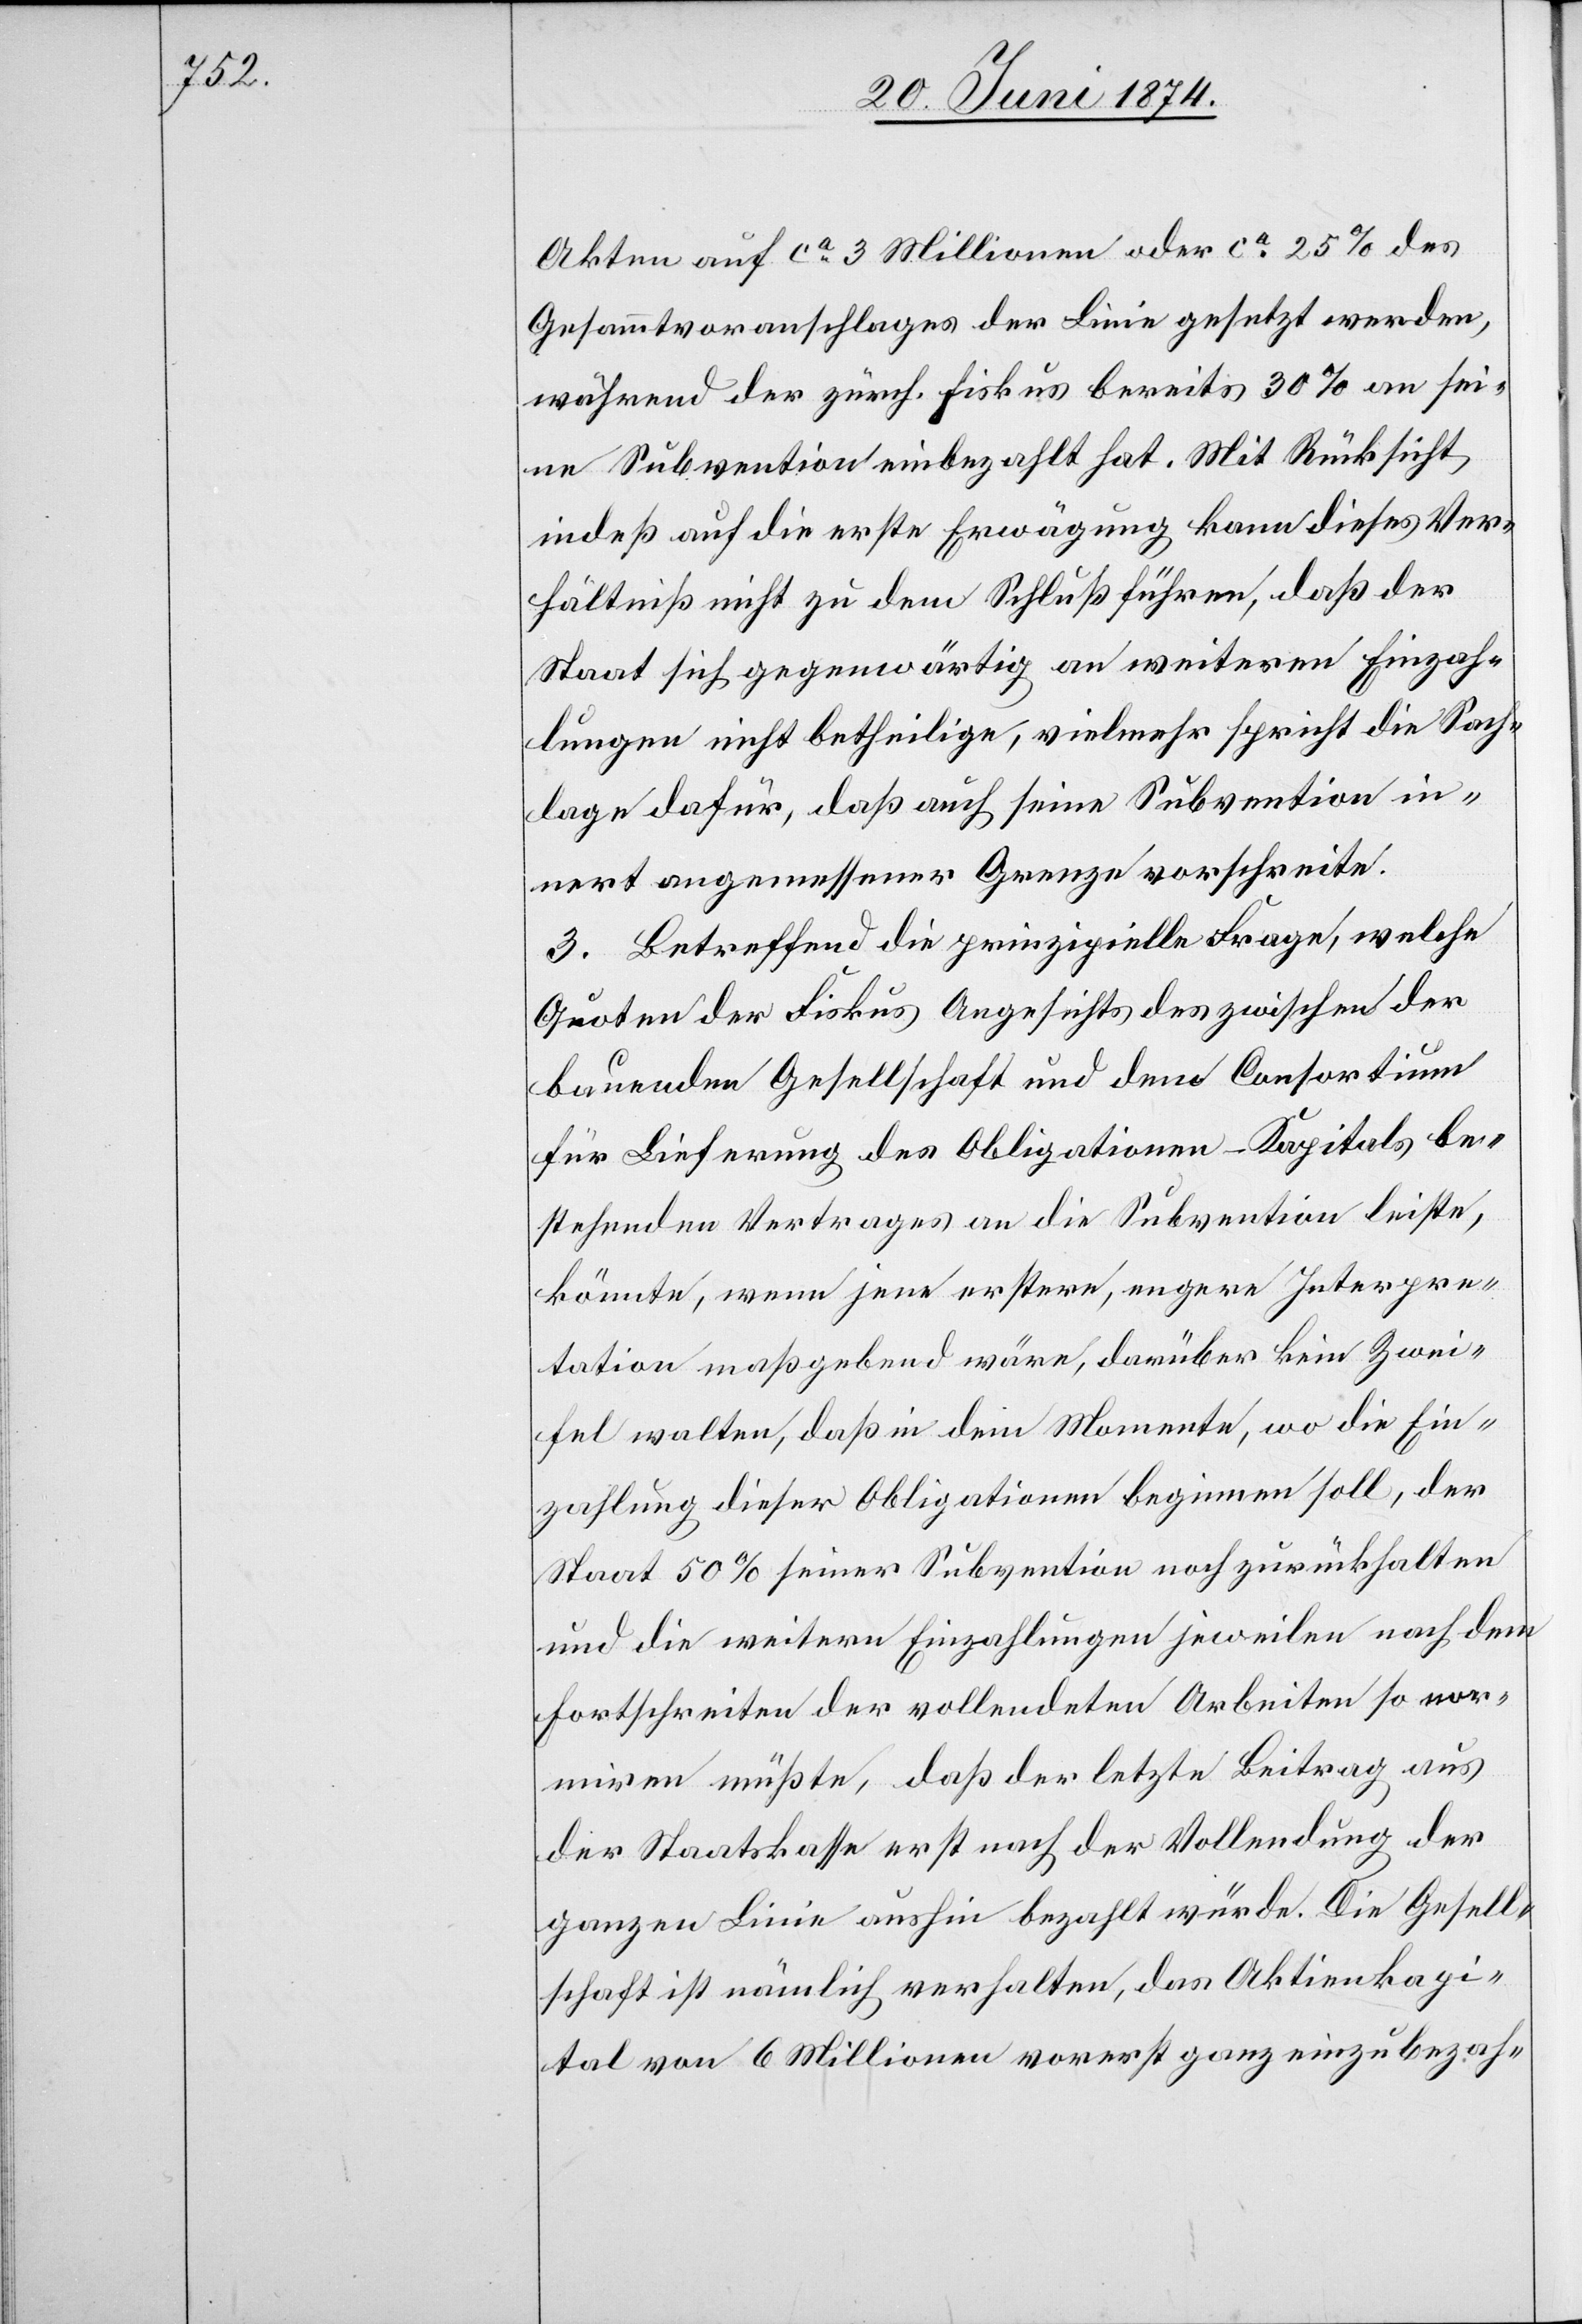
Akten auf ca 3 Millionen oder ca 25% des
Gesammtvoranschlages der Linie gesetzt werden,
während der zürch. Fiskus bereits 30% an sei¬
ne Subvention einbezahlt hat. Mit Rücksicht
indeß auf die erste Erwägung kann dieses Ver¬
hältniß nicht zu dem Schluß führen, daß der
Staat sich gegenwärtig an weiteren Einzah¬
lungen nicht betheilige, vielmehr spricht die Sach¬
lage dafür, daß auch seine Subvention in¬
nert angemessener Grenze vorschreite.
3. Betreffend die prinzipielle Frage, welche
Quoten der Fiskus Angesichts des zwischen der
bauenden Gesellschaft und dem Consortium
für Lieferung des Obligationen-Kapitals be¬
stehenden Vertrages an die Subvention leiste,
könnte, wenn jene erstere, engere Interpre¬
tation maßgebend wäre, darüber kein Zwei¬
fel walten, daß in dem Momente, wo die Ein¬
zahlung dieser Obligationen beginnen soll, der
Staat 50% seiner Subvention noch zurückhalten
und die weitern Einzahlungen jeweilen nach dem
Fortschreiten der vollendeten Arbeiten so nor¬
miren müßte, daß der letzte Beitrag aus
der Staatskasse erst nach der Vollendung der
ganzen Linie aushin bezahlt würde. Die Gesell¬
schaft ist nämlich verhalten, das Aktienkapi¬
tal von 6 Millionen vorerst ganz einzubezah-